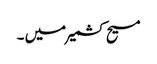
مسیح کشمیر میں ۔